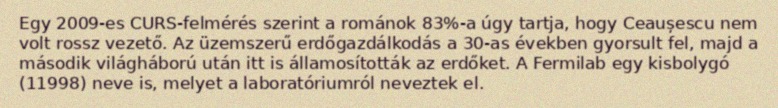
Egy 2009-es CURS-felmérés szerint a románok 83%-a úgy tartja, hogy Ceaușescu nem volt rossz vezető. Az üzemszerű erdőgazdálkodás a 30-as években gyorsult fel, majd a második világháború után itt is államosították az erdőket. A Fermilab egy kisbolygó (11998) neve is, melyet a laboratóriumról neveztek el.